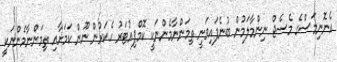
އެނޮނިމަސްގެ މެސެޖް ނިންމާލަމުން ބުނެފައިވަނީ ތިމަންނާމެންނަކީ ކޮމްޕިއުޓަރު ހެކަރުން ނޫން ކަމަށާއި ތިމަންނާމެންނަކީ